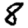
Digit: 8